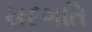
સદગતિ